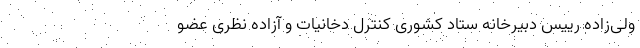
ولی‌زاده رییس دبیرخانه ستاد کشوری کنترل دخانیات و آزاده نظری عضو